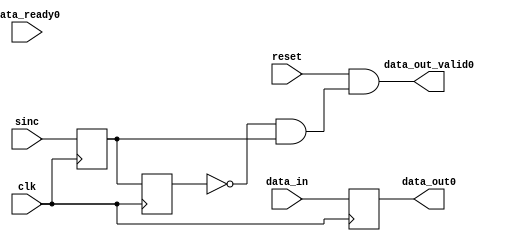

module adc2streaming(

	input clk,
	input reset,
	input sinc,
	input [31:0] data_in,

	output 	  [31:0] data_out0,
	output 			 	data_out_valid0,
	input 			 	data_ready0
);

reg sinc_past,sinc_past_past; initial sinc_past = 0;
reg [31:0] data_in_reg;
assign data_out0 = data_in_reg;

assign data_out_valid0 = ((reset == 1) && ( (sinc_past_past == 0)&&(sinc_past == 1) ) );


always @ (posedge clk)
begin
	data_in_reg <= data_in;
	sinc_past <= sinc;
	sinc_past_past <= sinc_past;
end

endmodule